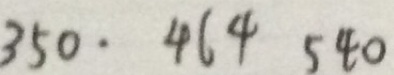
3 5 0 \cdot 4 6 4 5 4 0